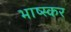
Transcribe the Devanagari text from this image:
भाष्स्कर